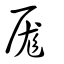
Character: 厖